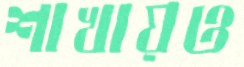
শাখায়ও